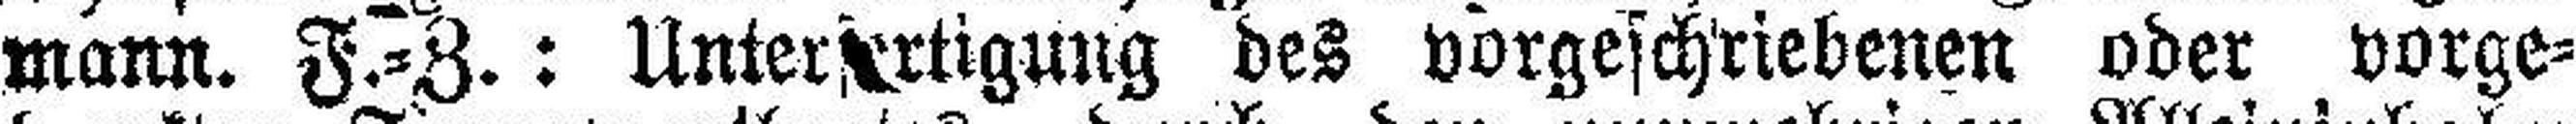
mann. F.-Z.: Unter###rtigung des vorgeschriebenen oder vorge¬